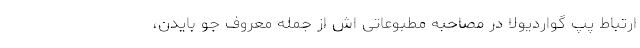
ارتباط پپ گواردیولا در مصاحبه مطبوعاتی اش از جمله معروف جو بایدن،